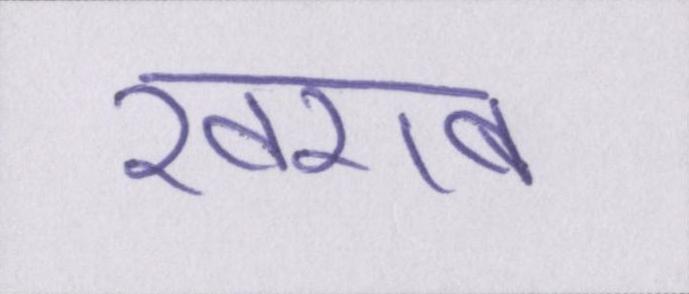
खराब